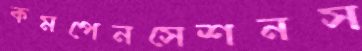
কমপেনসেশনস